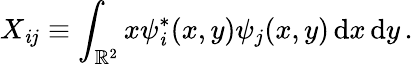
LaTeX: X_{\mathit{i}j}\equiv\int_{\mathbb{R}^{2}}x\psi_{\mathit{i}}^{*}(x,y)\psi_{j}(x,y)\, \mathrm{{d}}x\, \mathrm{{d}}y\, .